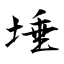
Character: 埵